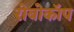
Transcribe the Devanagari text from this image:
रोबोकॉप